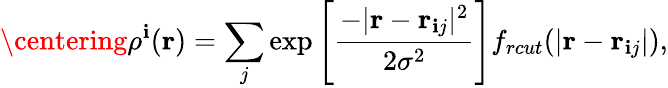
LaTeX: \centering\rho^{\mathbf{i}}(\textbf{{r}})=\sum_{j}\exp\left[\frac{{-|\textbf{{r}}-\textbf{{r}}_{\mathbf{i}j}|^{2}}}{{2\sigma^{2}}}\right]f_{rcut}(|\textbf{{r}}-\textbf{{r}}_{\mathbf{i}j}|),